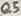
Text: Q5